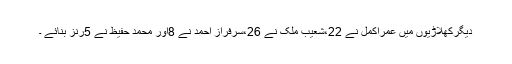
دیگرکھلاڑیوں میں عمراکمل نے 22،شعیب ملک نے 26،سرفراز احمد نے 8اور محمد حفیظ نے 5رنز بنائے ۔